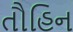
તૌહિન